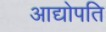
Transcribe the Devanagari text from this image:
आद्योपति